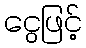
ငွေဖြင့်